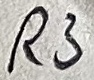
Text: R3